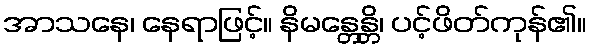
အာသနေ၊ နေရာဖြင့်။ နိမန္တေန္တိ၊ ပင့်ဖိတ်ကုန်၏။